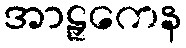
အာဠှကေန